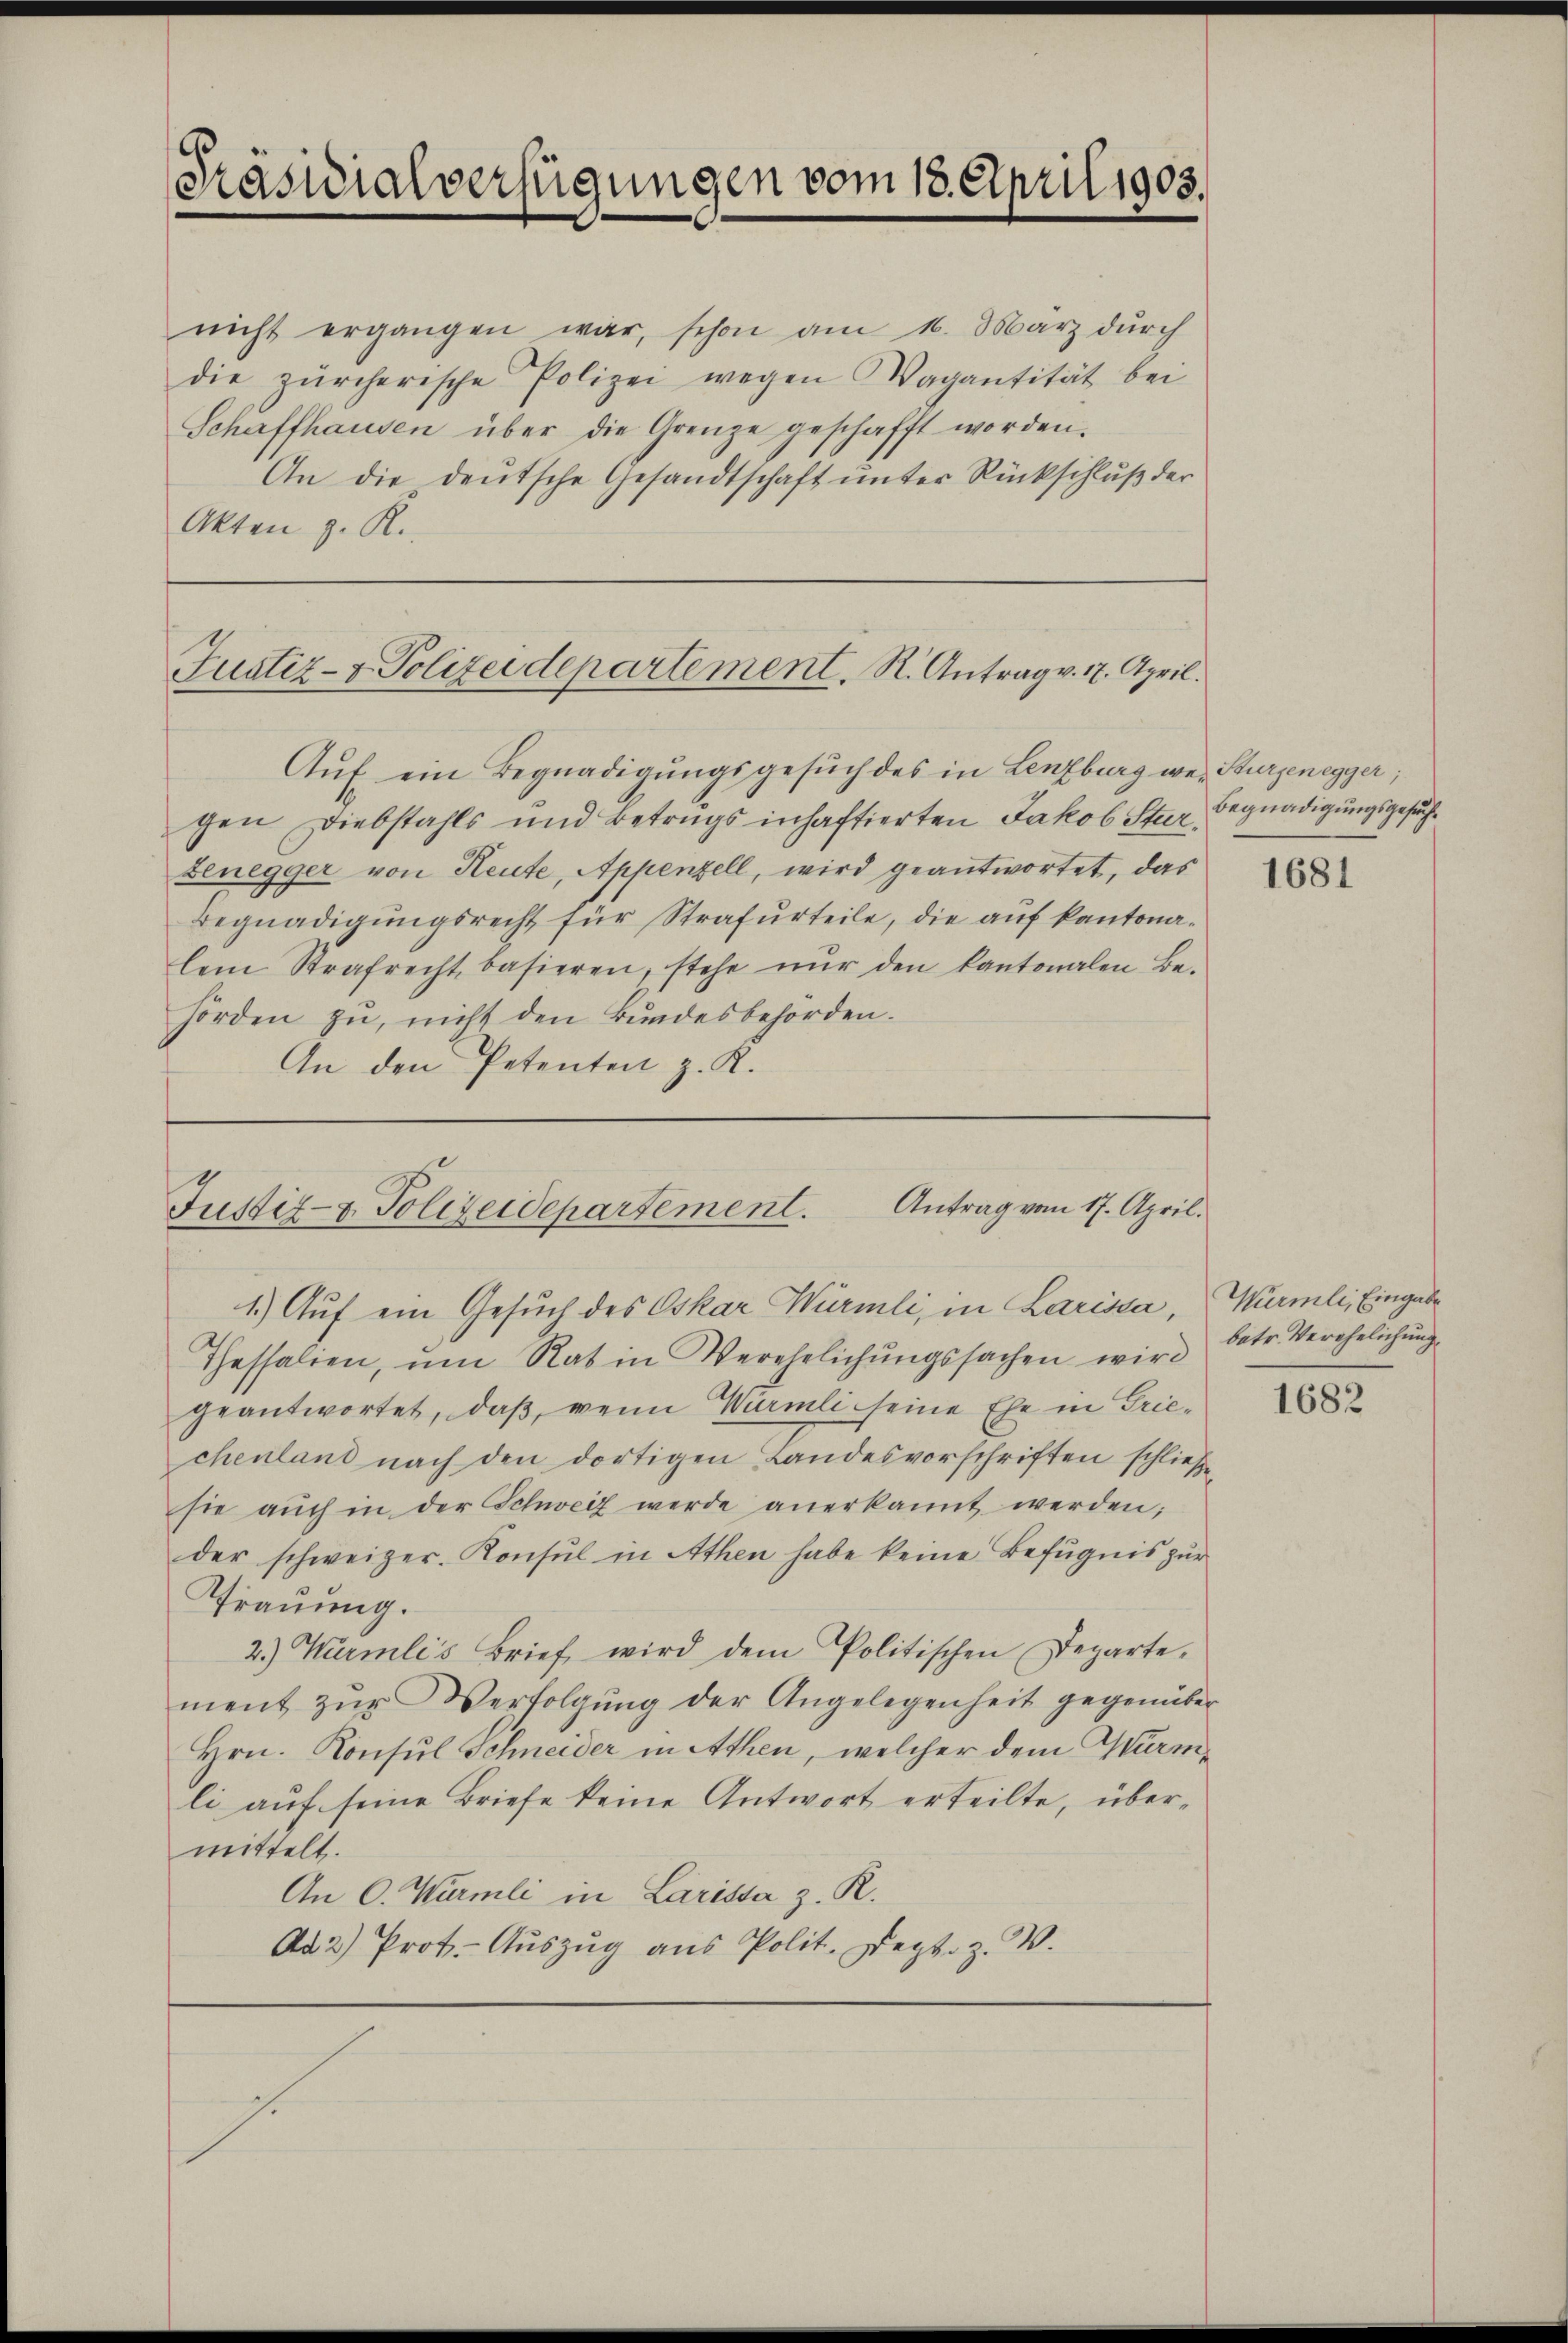
[Präsidialverfügungen vom 18. April 1905.

Justiz- & Polizeidepartement. R. Antrag v. 17. April.

nicht ergangen war, schon am 16. März dŭrch
die zürcherische Polizei wegen Vagantität bei
Schaffhausen über die Grenze geschafft worden.
An die deutsche Gesandtschaft unter Rückschluß der
Akten z. R.

Aŭf ein Begnadigungsgesŭch des in Lenzburg wer Sturzenegger;
gen Diebstahls und Betrugs inhaftierten Jakob Sturzenegger von Heute, Appenzell, wird geantwortet, das
Begnadigungsrecht für Strafurteile, die auf kantonalem Strafrecht, basieren, stehe nŭr den kantonalen Be-
hörden zu, nicht den Bundesbehörden.
An den Petenten z. K.

Antrag vom 17. April.
Justiz- & Polizeidepartement.
1.) Auf ein Gesuch des Oskar Würmli, in Larissa,

Thassalien, ŭm Rat in Verehelichŭngssachen wird
geantwortet, daß, wenn Würmli seine Ehe in Griechenland nach den dortigen Landesvorschriften schließe
ste aŭch in der Schweiz werde anerkannt werden;
der schweizer. Konsul in Athen habe keine Befugnis zur
Trauung.
2.) Würmli's Brief wird dem Politischen Departe-
ment zŭr Verfolgŭng der Angelegenheit gegenüber
Hrn. Konsul Schneider in Athen, welcher dem Wärmli auf seine Briefe keine Antwort erteilte, übermittelt.
An C. Würmli in Larissa z. R.
Ad 2) Prot. Aŭszŭg aŭs Polit. Sept. z. W.
1

Begnadigungsgesuch

1681

Würmli, Eingabe
batr. Verehelichung.

1682